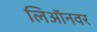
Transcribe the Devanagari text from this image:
लिऑनवर